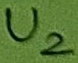
Text: U2